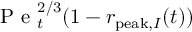
\mathrm { ~ P ~ e ~ } _ { t } ^ { 2 / 3 } ( 1 - r _ { \mathrm { p e a k } , I } ( t ) )